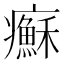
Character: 𤼀